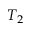
T _ { 2 }